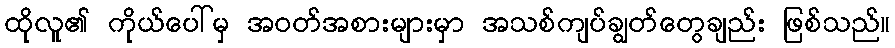
ထိုလူ၏ ကိုယ်ပေါ်မှ အဝတ်အစားများမှာ အသစ်ကျပ်ချွတ်တွေချည်း ဖြစ်သည်။